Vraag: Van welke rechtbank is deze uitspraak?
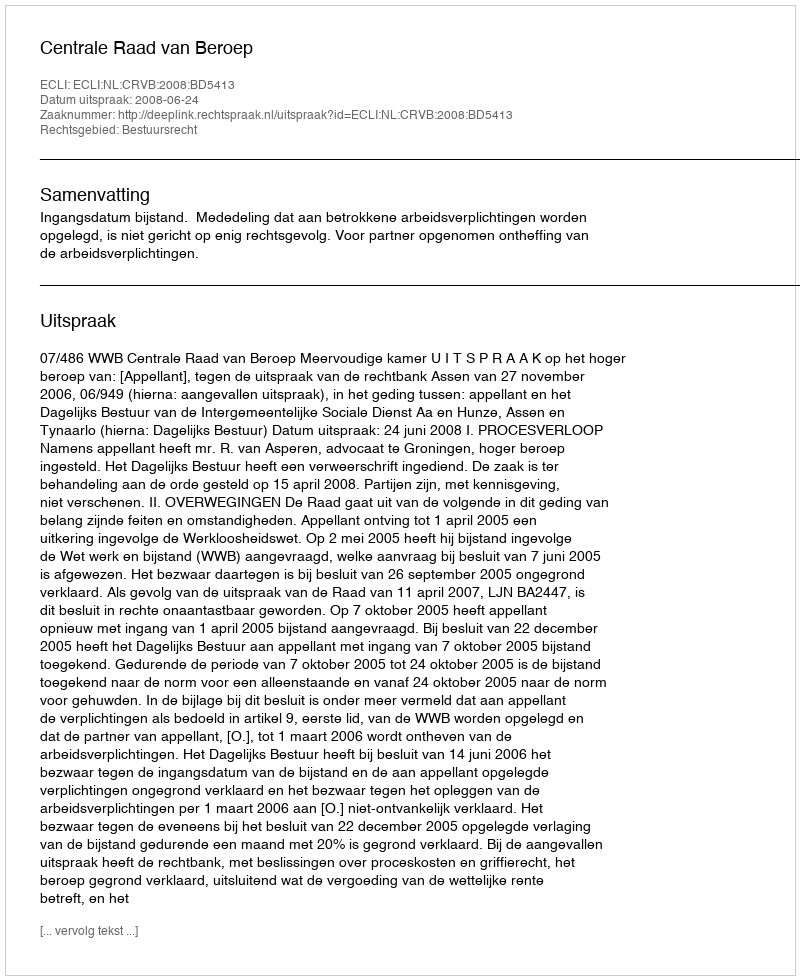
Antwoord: Centrale Raad van Beroep